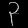
Digit: ၃